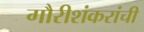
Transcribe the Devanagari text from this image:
गौरीशंकरांची